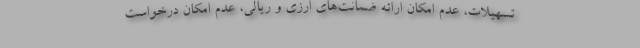
تسهیلات، عدم امکان ارائه ضمانت‌های ارزی و ریالی، عدم امکان درخواست